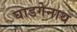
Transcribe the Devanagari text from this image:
घाडगेनाथ